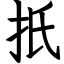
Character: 扺